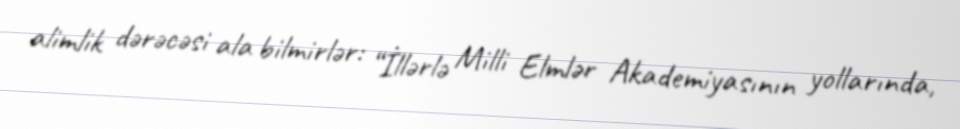
alimlik dərəcəsi ala bilmirlər: “İllərlə Milli Elmlər Akademiyasının yollarında,